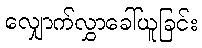
လျှောက်လွှာခေါ်ယူခြင်း